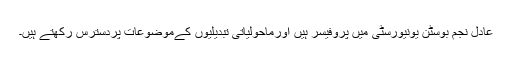
عادل نجم بوسٹن یونیورسٹی میں پروفیسر ہیں اورماحولیاتی تبدیلیوں کےموضوعات پردسترس رکھتے ہیں۔